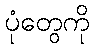
ပုံတွေကို